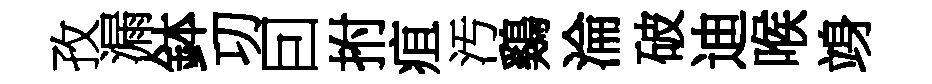
孜漏鉢㓛囙拊疽汚鷄淪破迪喉竧